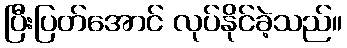
ပြီးပြတ်အောင် လုပ်နိုင်ခဲ့သည်။